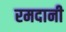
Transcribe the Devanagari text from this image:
रमदानी